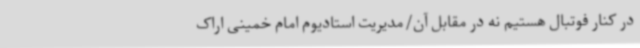
در کنار فوتبال هستیم نه در مقابل آن/مدیریت استادیوم امام خمینی اراک